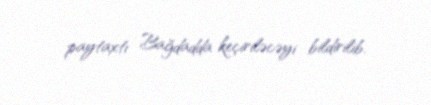
paytaxtı Bağdadda keçiriləcəyi bildirilib.